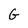
Character: G